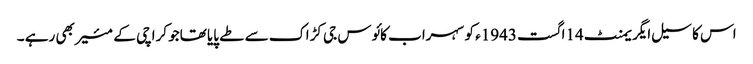
اس کا سیل ایگریمنٹ 14اگست 1943ء کو سہراب کائوس جی کڑاک سے طے پایا تھاجو کراچی کے مئیر بھی رہے ۔